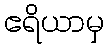
ဧရိယာမှ